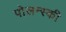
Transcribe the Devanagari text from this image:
पोलन्स्की